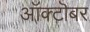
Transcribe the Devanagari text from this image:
आॅक्टॊबर